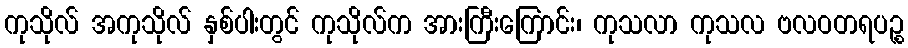
ကုသိုလ် အကုသိုလ် နှစ်ပါးတွင် ကုသိုလ်က အားကြီးကြောင်း၊ ကုသလာ ကုသလ ဗလဝတရပဉ္စ